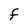
Character: F